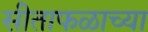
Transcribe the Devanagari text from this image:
सीताफळाच्या